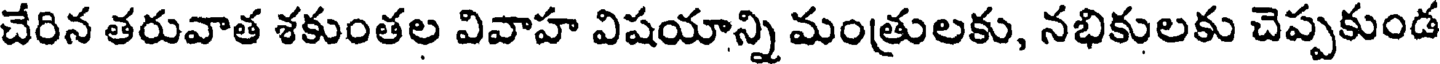
చేరిన తరువాత శకుంతల వివాహ విషయాన్ని మంత్రులకు, నభికులకు చెప్పకుండ